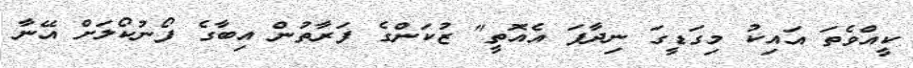
ކީއްވެތަ އައިކު މިގަޑީގަ ނިދާފަ އެއޮތީ" ޒުކަންގެ ފަރާތުން އިބާގެ ފޯނުކޯލަށް އޭނާ